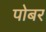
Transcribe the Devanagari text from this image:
पोबर